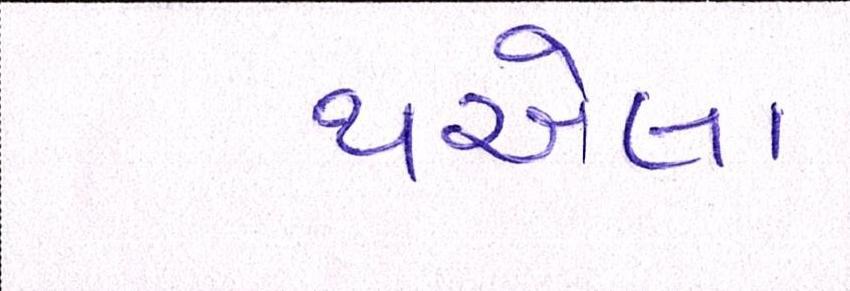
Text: થએલા